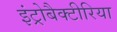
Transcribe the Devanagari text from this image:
इंट्रोबैक्टीरिया